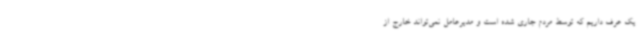
یک عرف داریم که توسط مردم جاری شده است و مدیرعامل نمی‌تواند خارج از